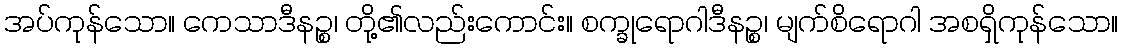
အပ်ကုန်သော။ ကေသာဒီနဉ္စ၊ တို့၏လည်းကောင်း။ စက္ခုရောဂါဒီနဉ္စ၊ မျက်စိရောဂါ အစရှိကုန်သော။